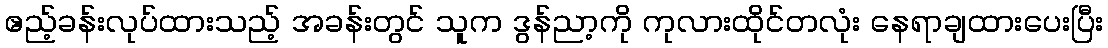
ဧည့်ခန်းလုပ်ထားသည့် အခန်းတွင် သူက ဒွန်ညာ့ကို ကုလားထိုင်တလုံး နေရာချထားပေးပြီး